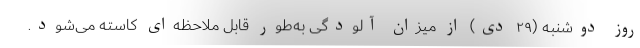
روز دوشنبه (۲۹ دی) از میزان آلودگی به‌طور قابل ملاحظه‌ای کاسته می‌شود.